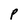
Character: P